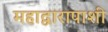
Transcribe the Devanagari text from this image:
महाद्वारापाशी